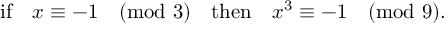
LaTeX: { \mathrm { i f } } \quad x \equiv - 1 { \pmod { 3 } } \quad { \mathrm { t h e n } } \quad x ^ { 3 } \equiv - 1 { \pmod { 9 } } .